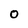
Character: O